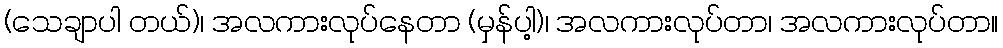
(သေချာပါ တယ်)၊ အလကားလုပ်နေတာ (မှန်ပါ့)၊ အလကားလုပ်တာ၊ အလကားလုပ်တာ။